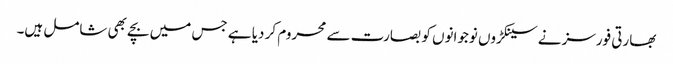
بھارتی فورسز نے سینکڑوں نوجوانوں کو بصارت سے محروم کر دیا ہے جس میں بچے بھی شامل ہیں۔